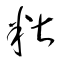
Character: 糂